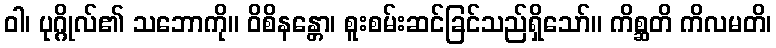
ဝါ၊ ပုဂ္ဂိုလ်၏ သဘောကို။ ဝိစိနန္တော၊ စူးစမ်းဆင်ခြင်သည်ရှိသော်။ ကိစ္ဆတိ ကိလမတိ၊